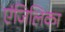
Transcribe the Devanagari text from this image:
एंजिलिका